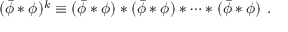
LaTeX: ( \bar { \phi } \ast \phi ) ^ { k } \equiv ( \bar { \phi } \ast \phi ) \ast ( \bar { \phi } \ast \phi ) \ast \cdots \ast ( \bar { \phi } \ast \phi ) ~ .